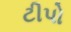
ટીપો